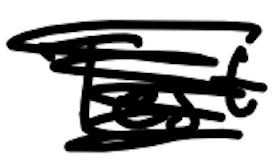
Text: Test
Cross-out: scratch
Writing tool: digital_black